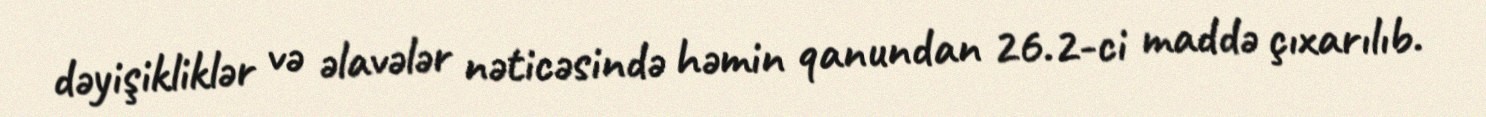
dəyişikliklər və əlavələr nəticəsində həmin qanundan 26.2-ci maddə çıxarılıb.